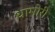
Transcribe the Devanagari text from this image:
धामोरी